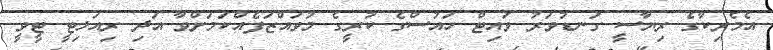
އެމެރިކާގެ ރިޔާސީ ގަނޑުވަރު ވައިޓް ހައުސްގެ ކުރީގެ މުވައްޒަފެއްކަމަށްވާ އަދި ރިއަލިޓީ ޓީވީ